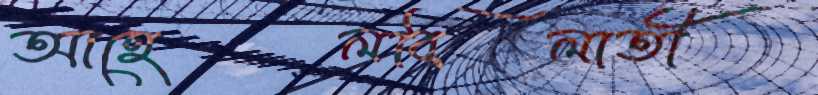
আহেলবিলাতী